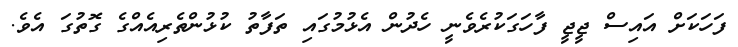
ފަހަކަށް އައިސް ޖީޖީ ފާހަގަކުރެވެނީ ހެދުން އެޅުމުގައި ތަފާތު ކުޅުންތެރިއެއްގެ ގޮތުގަ އެވެ.